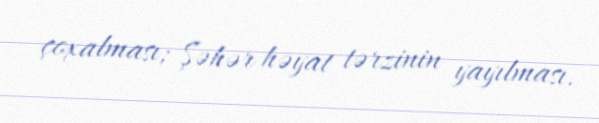
çoxalması; Şəhər həyat tərzinin yayılması.